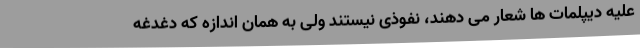
علیه دیپلمات ها شعار می دهند، نفوذی نیستند ولی به همان اندازه که دغدغه